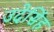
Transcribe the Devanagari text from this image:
उदेसिंह